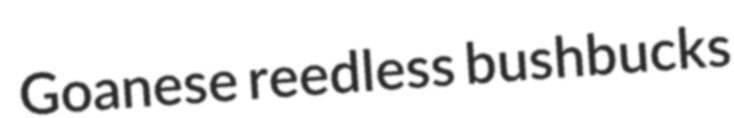
Goanese reedless bushbucks